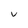
Character: U